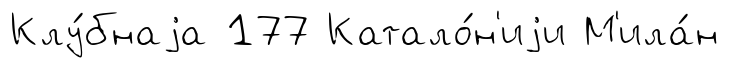
Клу́бнаjа 177 Катало́н'иjи М'ила́н